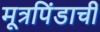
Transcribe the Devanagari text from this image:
मूत्रपिंडाची